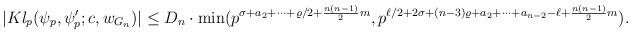
LaTeX: \begin{align*} |Kl_p(\psi_p,\psi_p';c,w_{G_n})| & \leq D_n \cdot \min(p^{ \sigma +a_2+\cdots+ \varrho/2+\frac{n(n-1)}{2}m},p^{ \ell/2+ 2 \sigma+(n-3)\varrho +a_2+\cdots+a_{n-2}-\ell +\frac{n(n-1)}{2}m}). \end{align*}